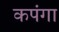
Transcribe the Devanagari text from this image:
कपंगा